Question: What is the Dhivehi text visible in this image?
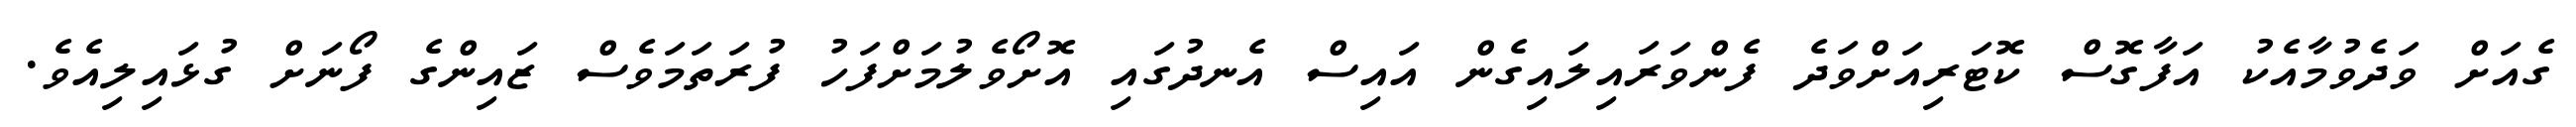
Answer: ގެއަށް ވަދެވުމާއެކު އަފާގޮސް ކޮޓަރިއަށްވަދެ ފެންވަރައިލައިގެން އައިސް އެނދުގައި އޮށޯވެލުމަށްފަހު ފުރަތަމަވެސް ޒައިންގެ ފޯނަށް ގުޅައިލިއެވެ.